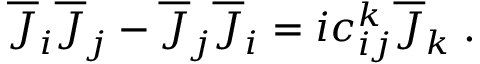
\begin{array} { r } { \overline { { J } } _ { i } \overline { { J } } _ { j } - \overline { { J } } _ { j } \overline { { J } } _ { i } = i c _ { i j } ^ { k } \overline { { J } } _ { k } \; . } \end{array}